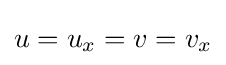
u=u_{x}=v=v_{x}